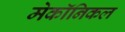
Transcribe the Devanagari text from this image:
मेकॉनिकल